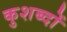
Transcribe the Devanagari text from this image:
कुशब्दों